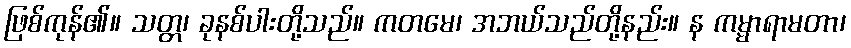
ဖြစ်ကုန်၏။ သတ္တ၊ ခုနစ်ပါးတို့သည်။ ကတမေ၊ အဘယ်သည်တို့နည်း။ န ကမ္မာရာမတာ၊